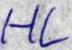
HL